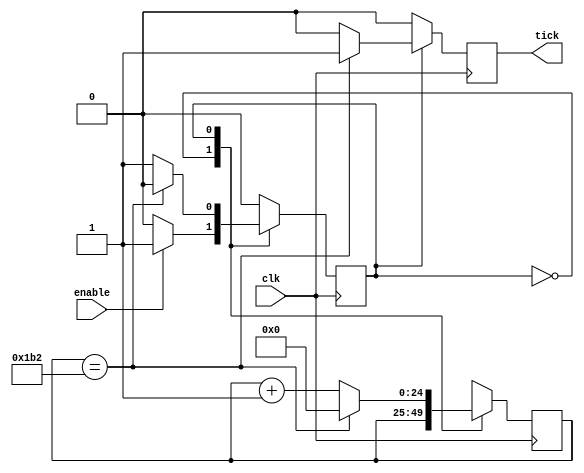
module BaudTickGen(
    input clk, enable,
    output reg tick  // generate a tick at the specified baud rate * oversampling
);
parameter ClkFrequency = 50000000;
parameter Baud = 115200;
parameter Oversampling = 1;
reg [24:0] count = 0;
reg [24:0] top;

reg BaudTickGen_state = 0;

always @ (posedge clk) begin
       top =( (ClkFrequency / Baud) /Oversampling);
       tick = 1'b0;
       case(BaudTickGen_state)
          1'b0: if(enable) BaudTickGen_state <= 1'b1;
          1'b1: 
          	if(count == top) 
		    {tick, count, BaudTickGen_state} <= {1'b1, 26'b0};
	        else count = count + 1'b1; 
            
          default: BaudTickGen_state <= 1'b0;
       endcase  

end

endmodule